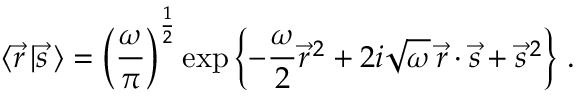
\langle \vec { r } \, \vert \vec { s } \, \rangle = \left( { \frac { \omega } { \pi } } \right) ^ { \frac { 1 } { 2 } } \exp \left\{ - { \frac { \omega } { 2 } } \vec { r } ^ { \, 2 } + 2 i \sqrt \omega \, \vec { r } \cdot \vec { s } + \vec { s } ^ { \, 2 } \right\} \, .